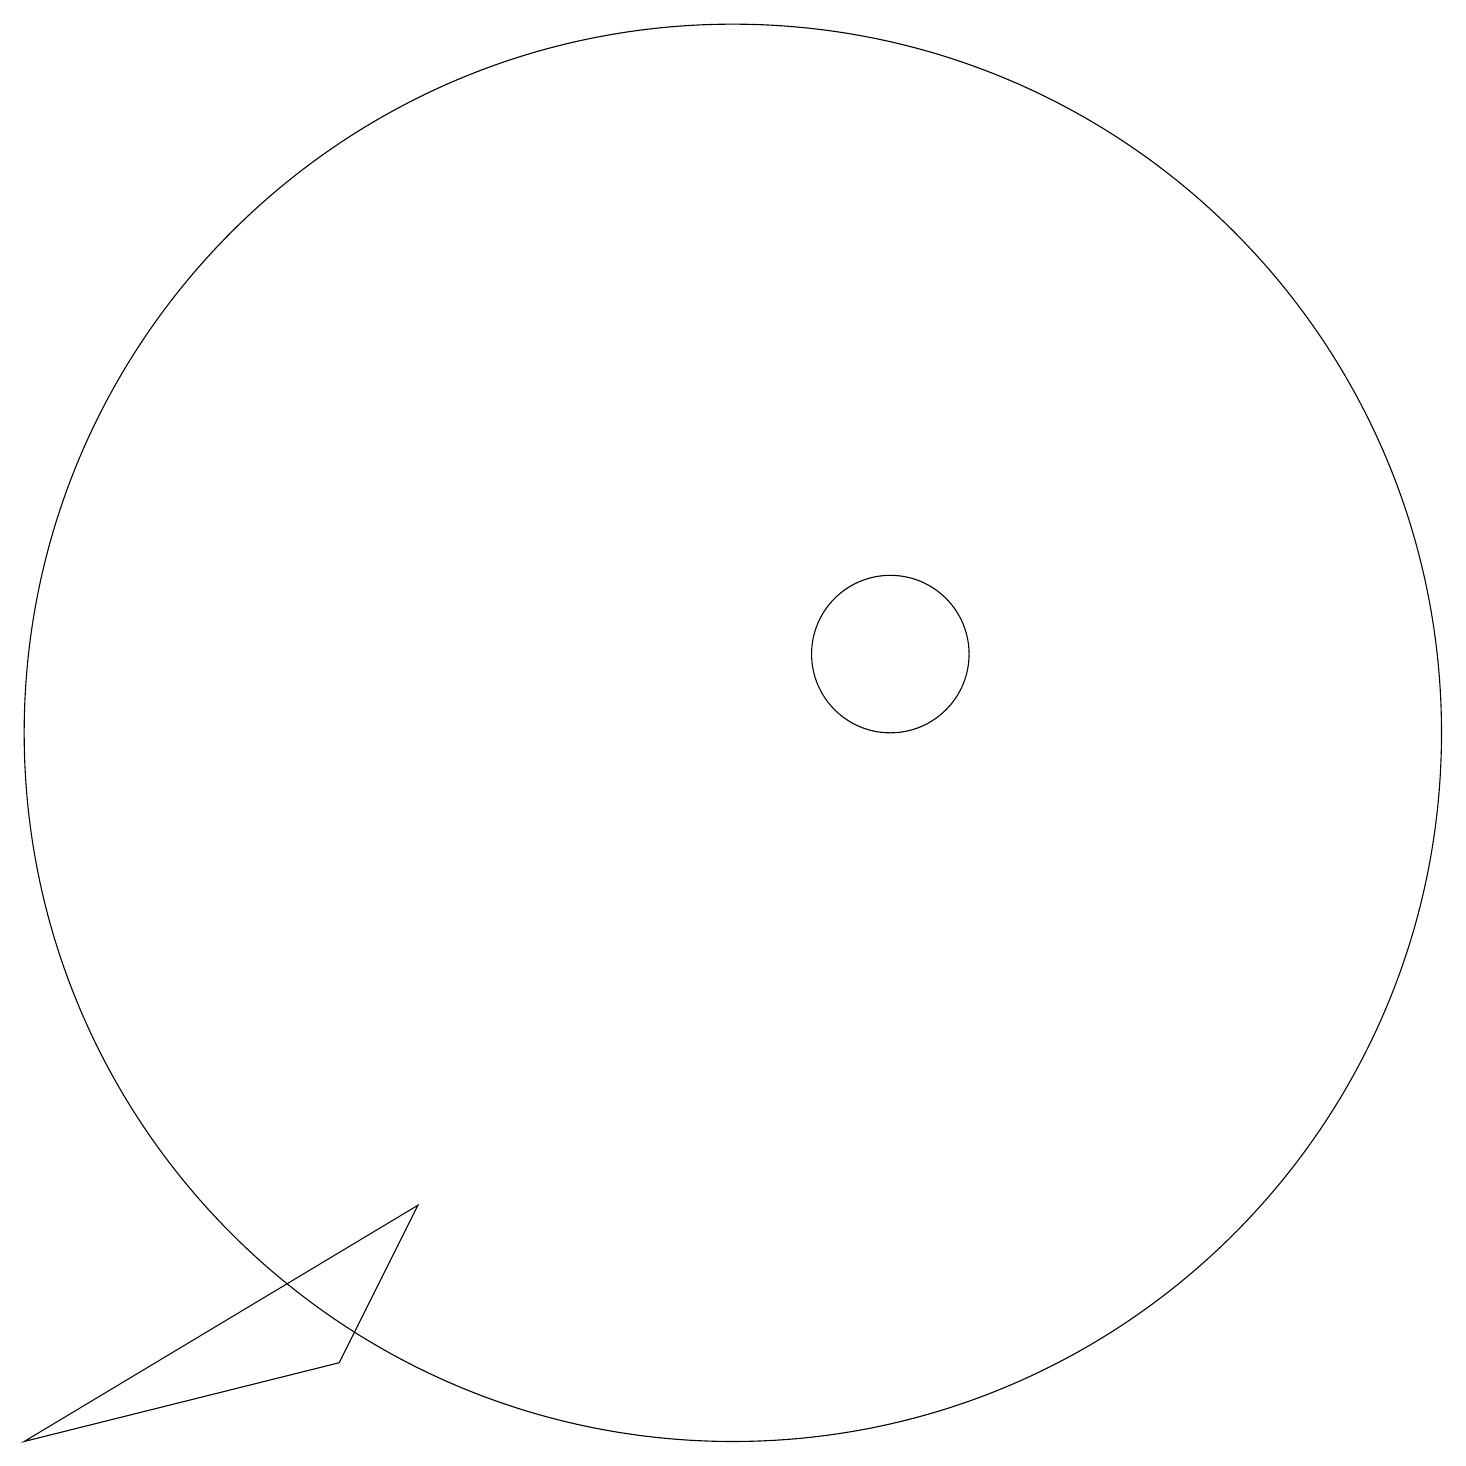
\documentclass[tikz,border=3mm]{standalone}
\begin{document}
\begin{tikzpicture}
\draw (12,11) circle (1);
\draw (10,10) circle (9);
\draw (5,2) -- (1,1) -- (6,4) -- cycle;
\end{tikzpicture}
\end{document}